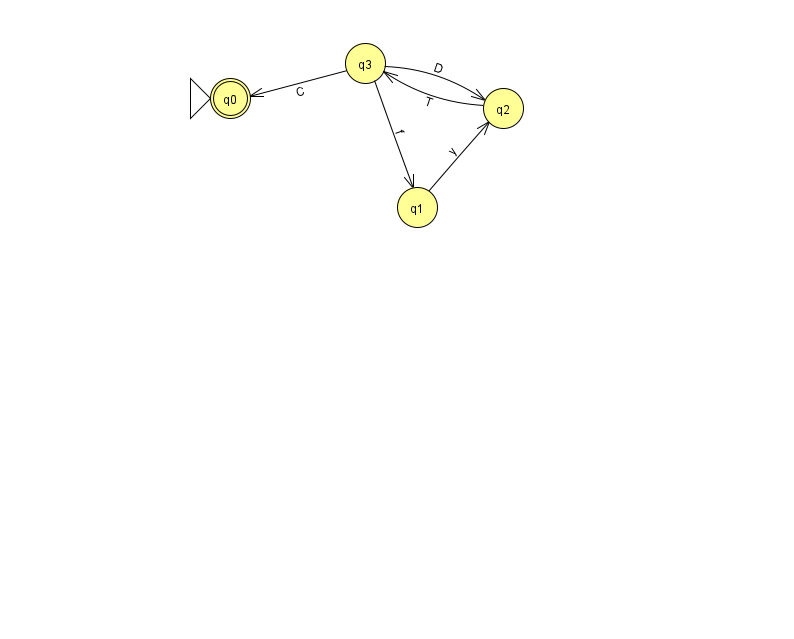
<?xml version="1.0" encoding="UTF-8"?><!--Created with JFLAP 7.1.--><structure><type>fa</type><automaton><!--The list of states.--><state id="0" name="q0"><x>230.0</x><y>85.0</y><initial/><final/></state><state id="1" name="q1"><x>417.0</x><y>194.0</y></state><state id="2" name="q2"><x>503.0</x><y>95.0</y></state><state id="3" name="q3"><x>365.0</x><y>50.0</y></state><!--The list of transitions.--><transition><from>2</from><to>3</to><read>T</read></transition><transition><from>3</from><to>0</to><read>C</read></transition><transition><from>3</from><to>2</to><read>D</read></transition><transition><from>1</from><to>2</to><read>y</read></transition><transition><from>3</from><to>1</to><read>f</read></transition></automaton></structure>